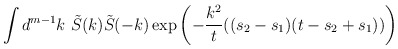
\begin{align*}\int d^{m-1}k\ \tilde S(k) \tilde S(-k)\exp \left( -\frac{k^2}{t}((s_2-s_1)(t-s_2+s_1)) \right)\end{align*}